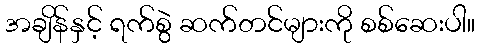
အချိန်နှင့် ရက်စွဲ ဆက်တင်များကို စစ်ဆေးပါ။